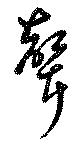
聲